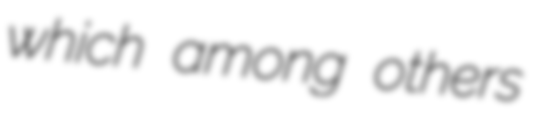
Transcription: which among others